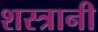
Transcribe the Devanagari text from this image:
शस्त्रानी